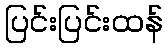
ပြင်းပြင်းထန်